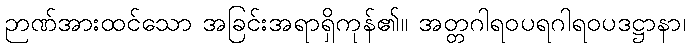
ဉာဏ်အားထင်သော အခြင်းအရာရှိကုန်၏။ အတ္တဂါရဝပရဂါရဝပဒဋ္ဌာနာ၊